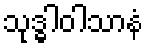
သုဒ္ဓါဝါသာနံ